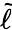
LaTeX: \tilde{\ell}